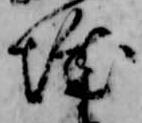
城